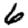
Digit: 6